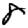
Digit: 8